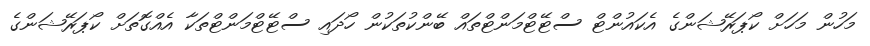
މަހުން މަހަށް ކޯޕަރޭޝަންގެ އެކައުންޓް ސްޓޭޓްމަންޓްތައް ބޭންކުތަކުން ހޯދައި ސްޓޭޓްމަންޓްތަކާ އެއްގޮތަށް ކޯޕަރޭޝަންގެ